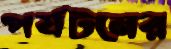
পর্যটনের